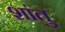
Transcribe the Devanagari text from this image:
शांतु